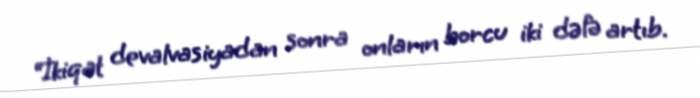
“İkiqat devalvasiyadan sonra onların borcu iki dəfə artıb.